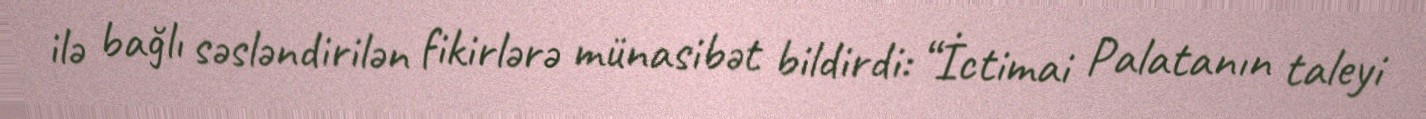
ilə bağlı səsləndirilən fikirlərə münasibət bildirdi: “İctimai Palatanın taleyi